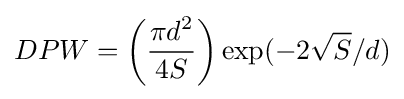
DPW=\left({\frac {\displaystyle \pi d^{2}}{4S}}\right)\exp(-2{\sqrt {S}}/d)